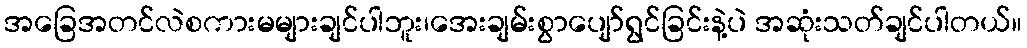
အခြေအတင်လဲစကားမများချင်ပါဘူး၊အေးချမ်းစွာပျော်ရွင်ခြင်းနဲ့ပဲ အဆုံးသတ်ချင်ပါတယ်။